Report on the working of the Ranchi Indian Mental Hospital, Kanke, in Bihar and Orissa - 1930-1940
Year: 1930
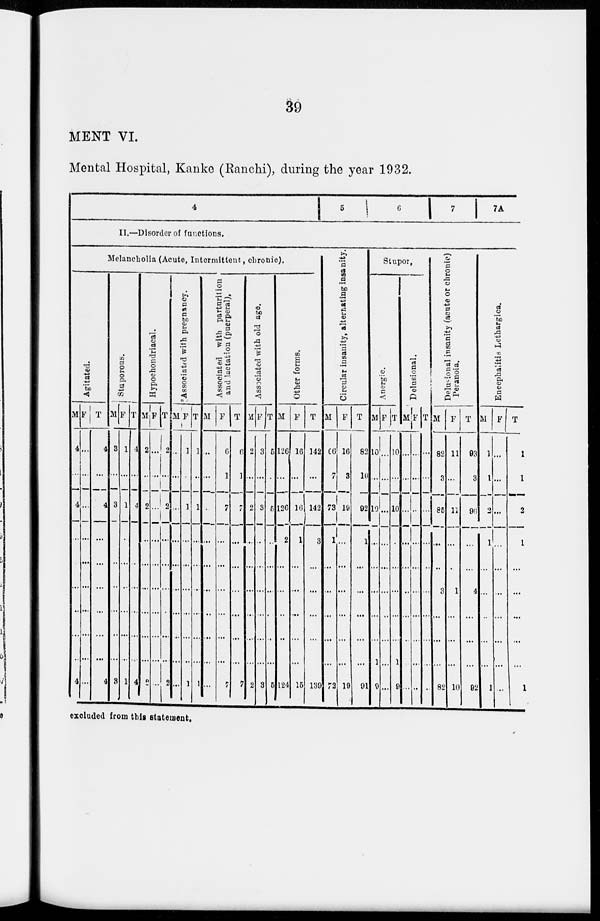
39
MENT VI.
Mental Hospital, Kanke (Ranchi), during the year 1932.
4
5
6
7
7A
II.—Disorder of functions.
Melancholia (Acute, Intermittent, chronic).
Agitated.
M
4
...
4
...
...
...
...
...
...
4
F
...
...
...
...
...
...
...
...
...
...
T
4
...
4
...
...
...
...
...
...
4
Stuporous.
M
3
...
3
...
...
...
...
...
...
3
F
1
...
1
...
...
...
...
...
...
1
T
4
...
4
...
...
...
...
...
...
4
Hypochondriacal.
M
2
...
2
...
...
...
...
...
...
2
F
...
...
...
...
...
...
...
...
...
...
T
2
...
2
...
...
...
...
...
...
2
Associated with pregnancy.
M
...
...
...
...
...
...
...
...
...
...
F
1
...
1
...
...
...
...
...
...
1
T
1
...
1
...
...
...
...
...
...
1
Associated with parturition
and lactation (puerperal).
M
...
...
...
...
...
...
...
...
...
...
F
6
1
7
...
...
...
...
...
...
7
T
6
1
7
...
...
...
...
...
...
7
Associated with old age.
M
2
...
2
...
...
...
...
...
...
2
F
3
...
3
...
...
...
...
...
...
3
T
5
...
5
...
...
...
...
...
...
5
Other forms.
M
126
...
126
2
...
...
...
...
...
124
F
16
...
16
1
...
...
...
...
...
15
T
142
...
142
3
...
...
...
...
...
139
Circular insanity, alternating insanity.
M
06
7
73
1
...
...
...
...
...
72
F
16
3
19
...
...
...
...
...
...
19
T
82
10
92
1
...
...
...
...
...
91
Stupor.
Anergic.
M
10
...
10
...
...
...
...
...
1
9
F
...
...
...
...
...
...
...
...
...
...
T
10
...
10
...
...
...
...
...
1
9
Delusional.
M
...
...
...
...
...
...
...
...
...
...
F
...
...
...
...
...
...
...
...
...
...
T
...
...
...
...
...
...
...
...
...
...
Delusional insanity (acute or chronic)
Peranoia.
M
82
3
85
...
...
3
...
...
...
82
F
11
...
11
...
...
1
...
...
...
10
T
93
3
96
...
...
4
...
...
...
92
Encephalitis Lethargica.
M
1
1
2
1
...
...
...
...
...
1
F
...
...
...
...
...
...
...
...
...
...
T
1
1
2
1
...
...
...
...
...
1
excluded from this statement.